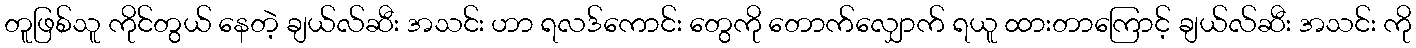
တူဖြစ်သူ ကိုင်တွယ် နေတဲ့ ချယ်လ်ဆီး အသင်း ဟာ ရလဒ်ကောင်း တွေကို တောက်လျှောက် ရယူ ထားတာကြောင့် ချယ်လ်ဆီး အသင်း ကို